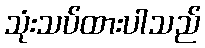
သုံးသပ်ထားပါသည်